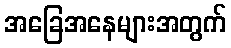
အခြေအနေများအတွက်